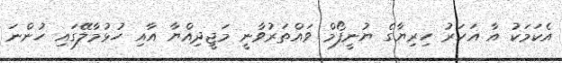
އެކަމަކު އާ އަހަރު ހިރިޔާގެ ޔުނީފޯމް ވައްތަރުވާނީ މަޖީދިއްޔާ އާއި ހުޅުމާލޭގައި ހުންނަ